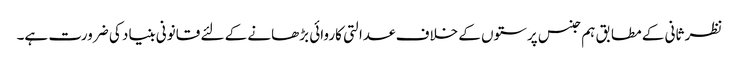
نظر ثانی کے مطابق ہم جنس پرستوں کے خلاف عدالتی کاروائی بڑھانے کے لئے قانونی بنیاد کی ضرورت ہے۔